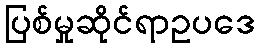
ပြစ်မှုဆိုင်ရာဥပဒေ